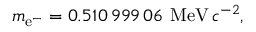
m _ { \mathrm { e } ^ { - } } = 0 . 5 1 0 \, 9 9 9 \, 0 6 \, \, \mathrm { M e V } \, c ^ { - 2 } ,